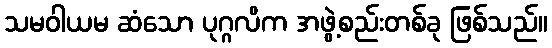
သမဝါယမ ဆံသော ပုဂ္ဂလိက အဖွဲ့စည်းတစ်ခု ဖြစ်သည်။